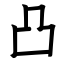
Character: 凸